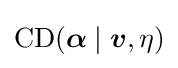
\operatorname {CD} ({\boldsymbol {\alpha }}\mid {\boldsymbol {v}},\eta )